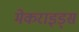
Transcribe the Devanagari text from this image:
मेकराइड्स